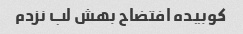
کوبیده افتضاح بهش لب نزدم